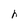
Character: h